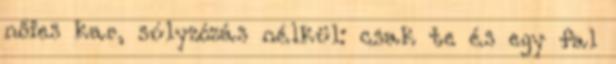
nőies kar, súlyzózás nélkül: csak te és egy fal